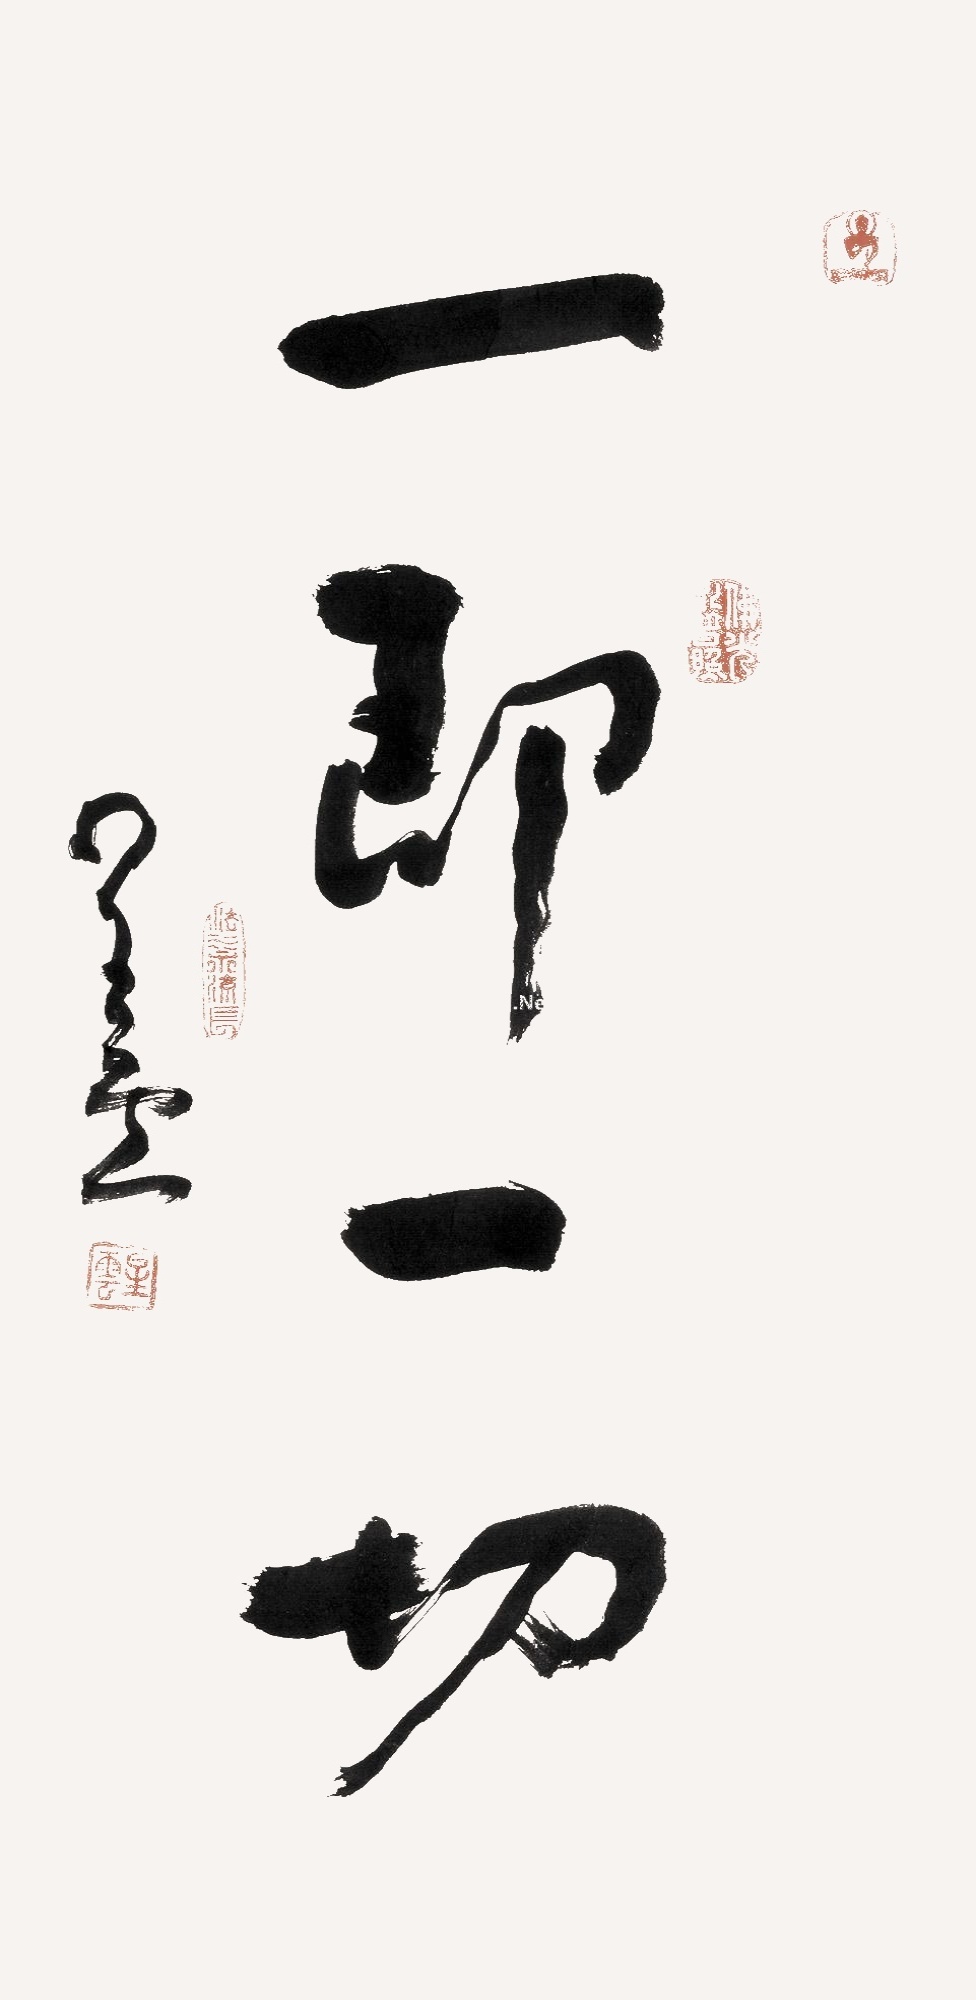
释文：一即一切星云